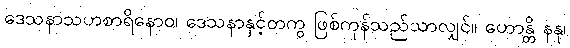
ဒေသနာသဟစာရိနောဝ၊ ဒေသနာနှင့်တကွ ဖြစ်ကုန်သည်သာလျှင်။ ဟောန္တိ နနု၊